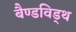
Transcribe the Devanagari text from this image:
बैण्डविड्थ